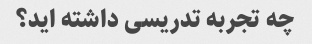
چه تجربه تدریسی داشته اید؟